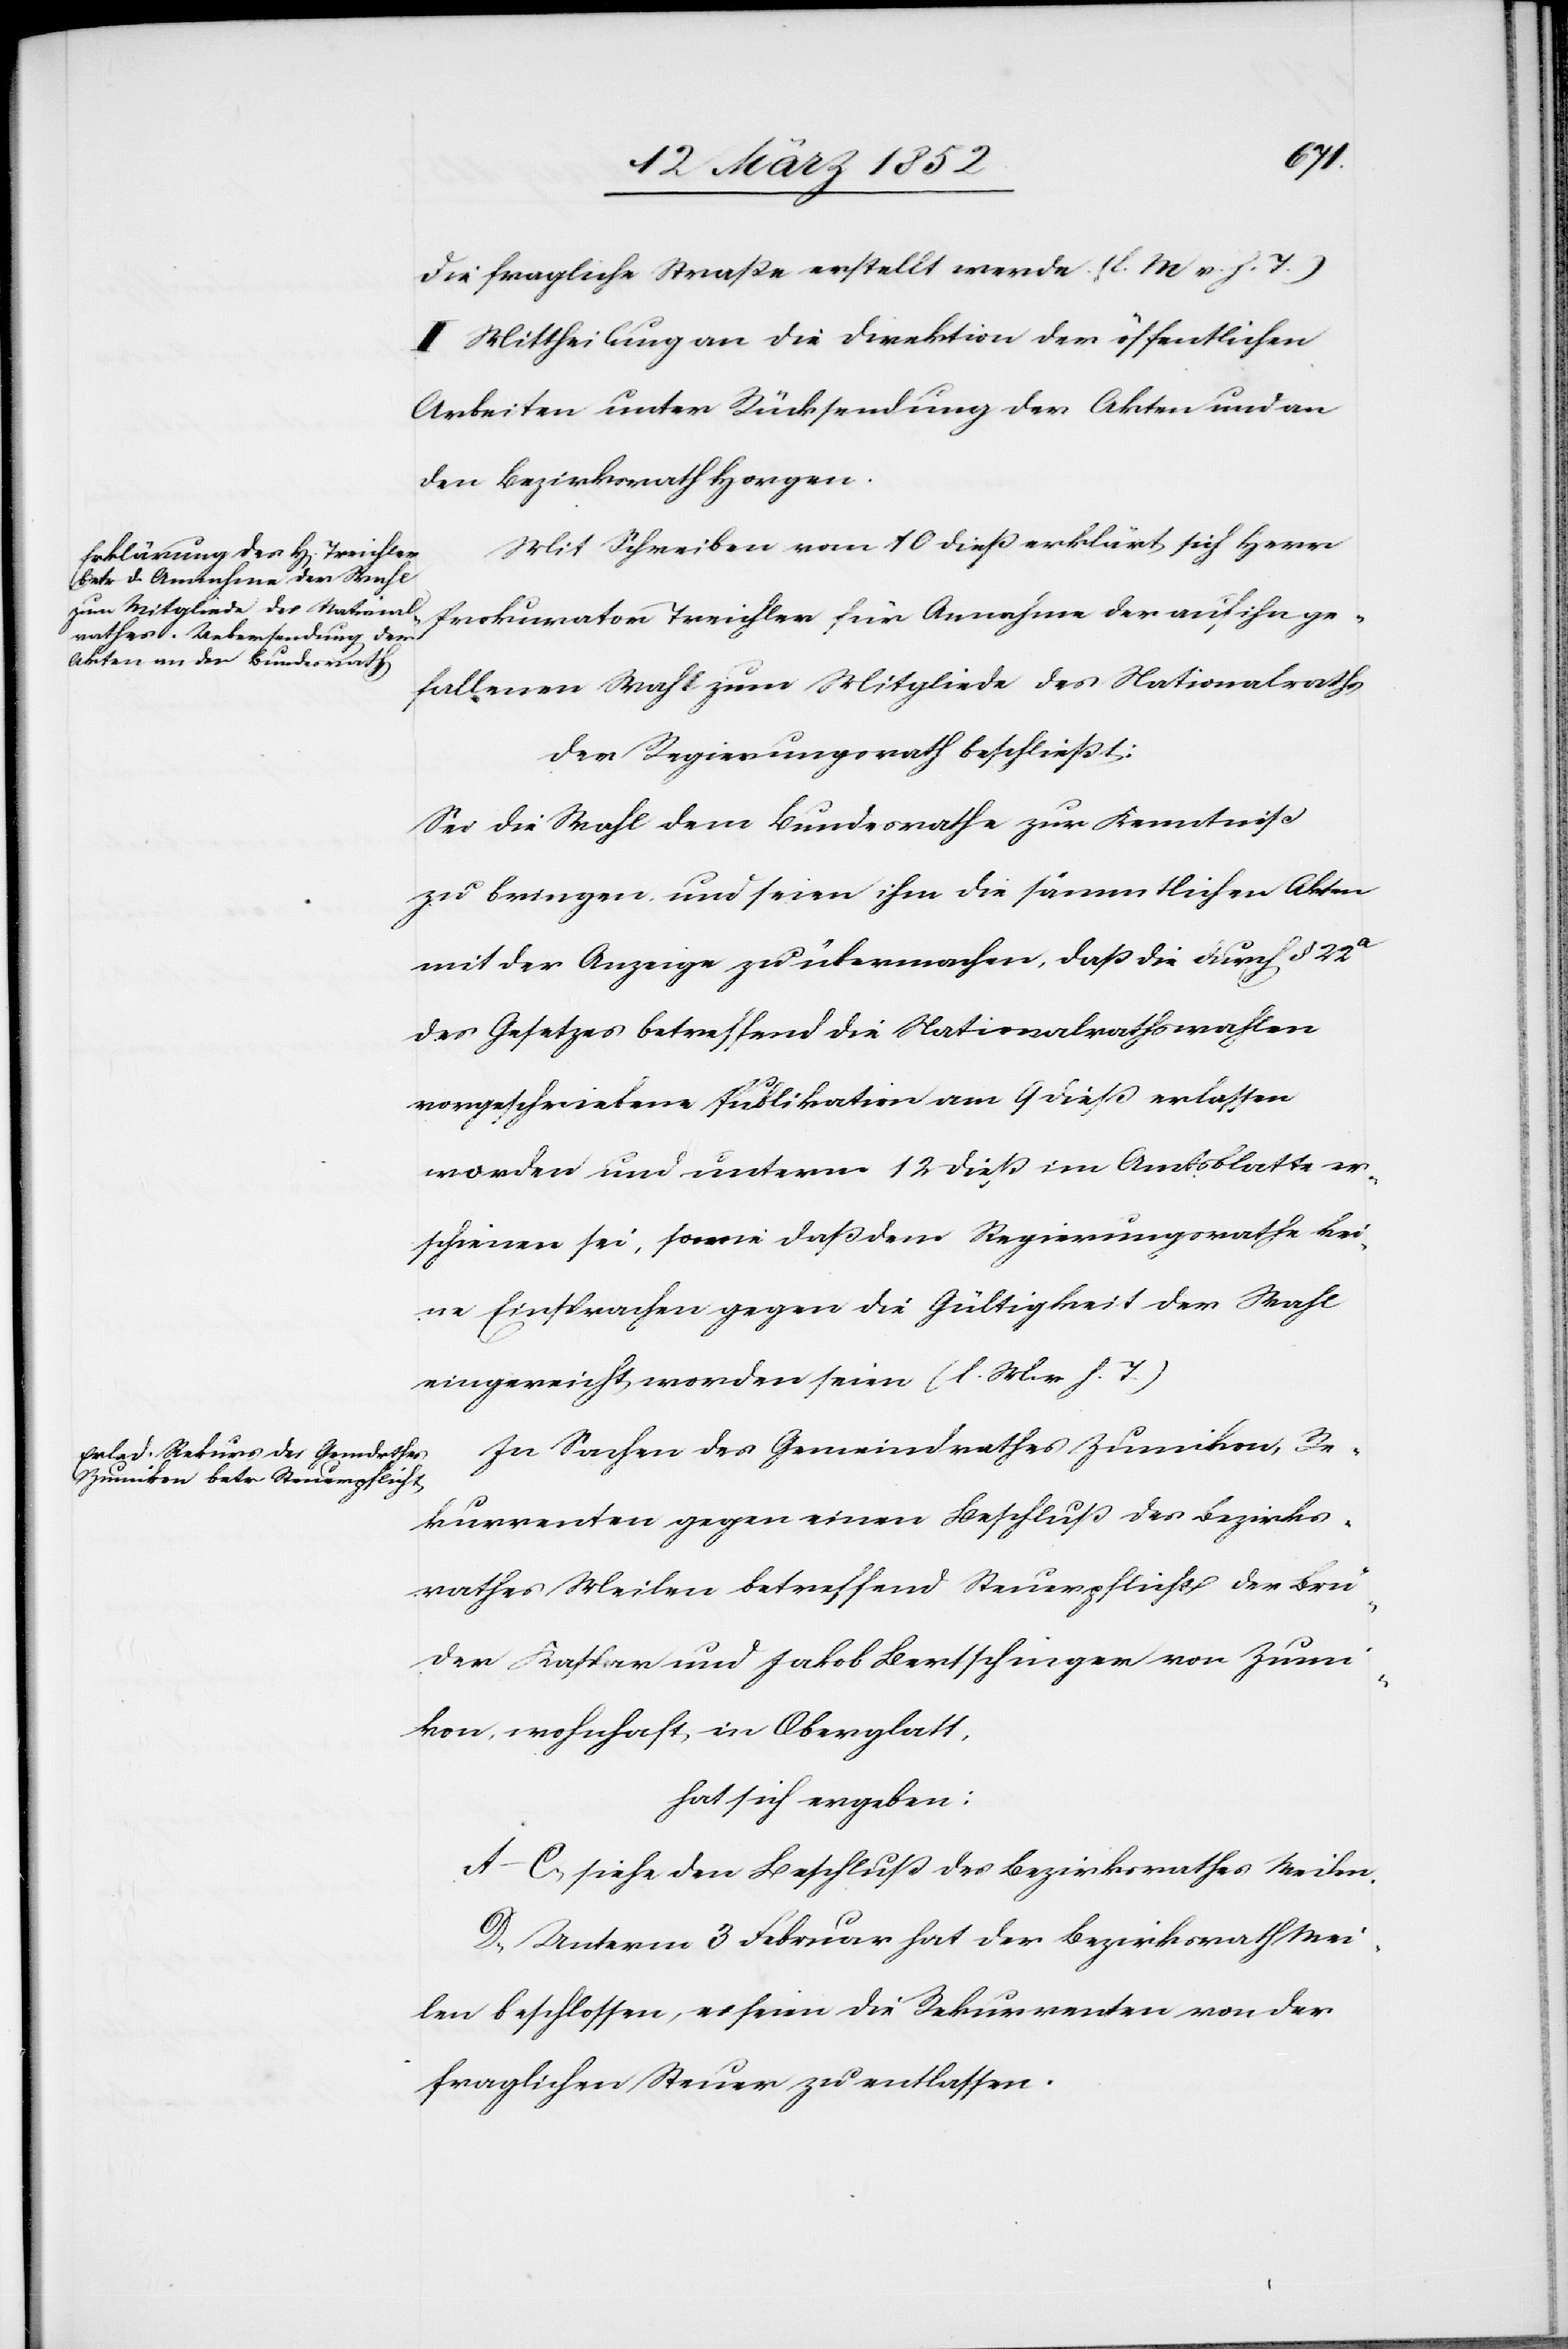
die fragliche Straße erstellt werde. (l. M. v. h. T.)
II. Mittheilung an die Direktion der öffentlichen
Arbeiten unter Rücksendung der Akten und an
den Bezirksrath Horgen.
Mit Schreiben vom 10 dieß erklärt sich Herr
Prokurator Treichler für Annahme der auf ihn ge¬
fallenen Wahl zum Mitgliede des Nationalraths
Der Regierungsrath beschließt:
Sei die Wahl dem Bundesrathe zur Kenntniß
zu bringen und seien ihm die sämmtlichen Akten
mit der Anzeige zu übermachen, daß die durch § 22a
des Gesetzes betreffend die Nationalrathswahlen
vorgeschriebene Publikation am 9 dieß erlassen
worden und unterm 12 dieß im Amtsblatte er¬
schienen sei, sowie daß dem Regierungsrathe kei¬
ne Einsprachen gegen die Gültigkeit der Wahl
eingereicht worden seien (l. M. v. h. T.)
In Sachen des Gemeindrathes Zumikon, Re¬
kurrenten gegen einen Beschluß des Bezirks¬
rathes Meilen betreffend Steuerpflicht der Brü¬
der Kaspar und Jakob Bertschinger von Zumi¬
kon, wohnhaft in Oberglatt,
hat sich ergeben:
A–C, siehe den Beschluß des Bezirksrathes Meilen.
D, Unterm 3 Februar hat der Bezirksrath Mei¬
len beschlossen, es seien die Rekurrenten von der
fraglichen Steuer zu entlassen.